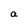
Character: a